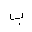
Letter: _ba